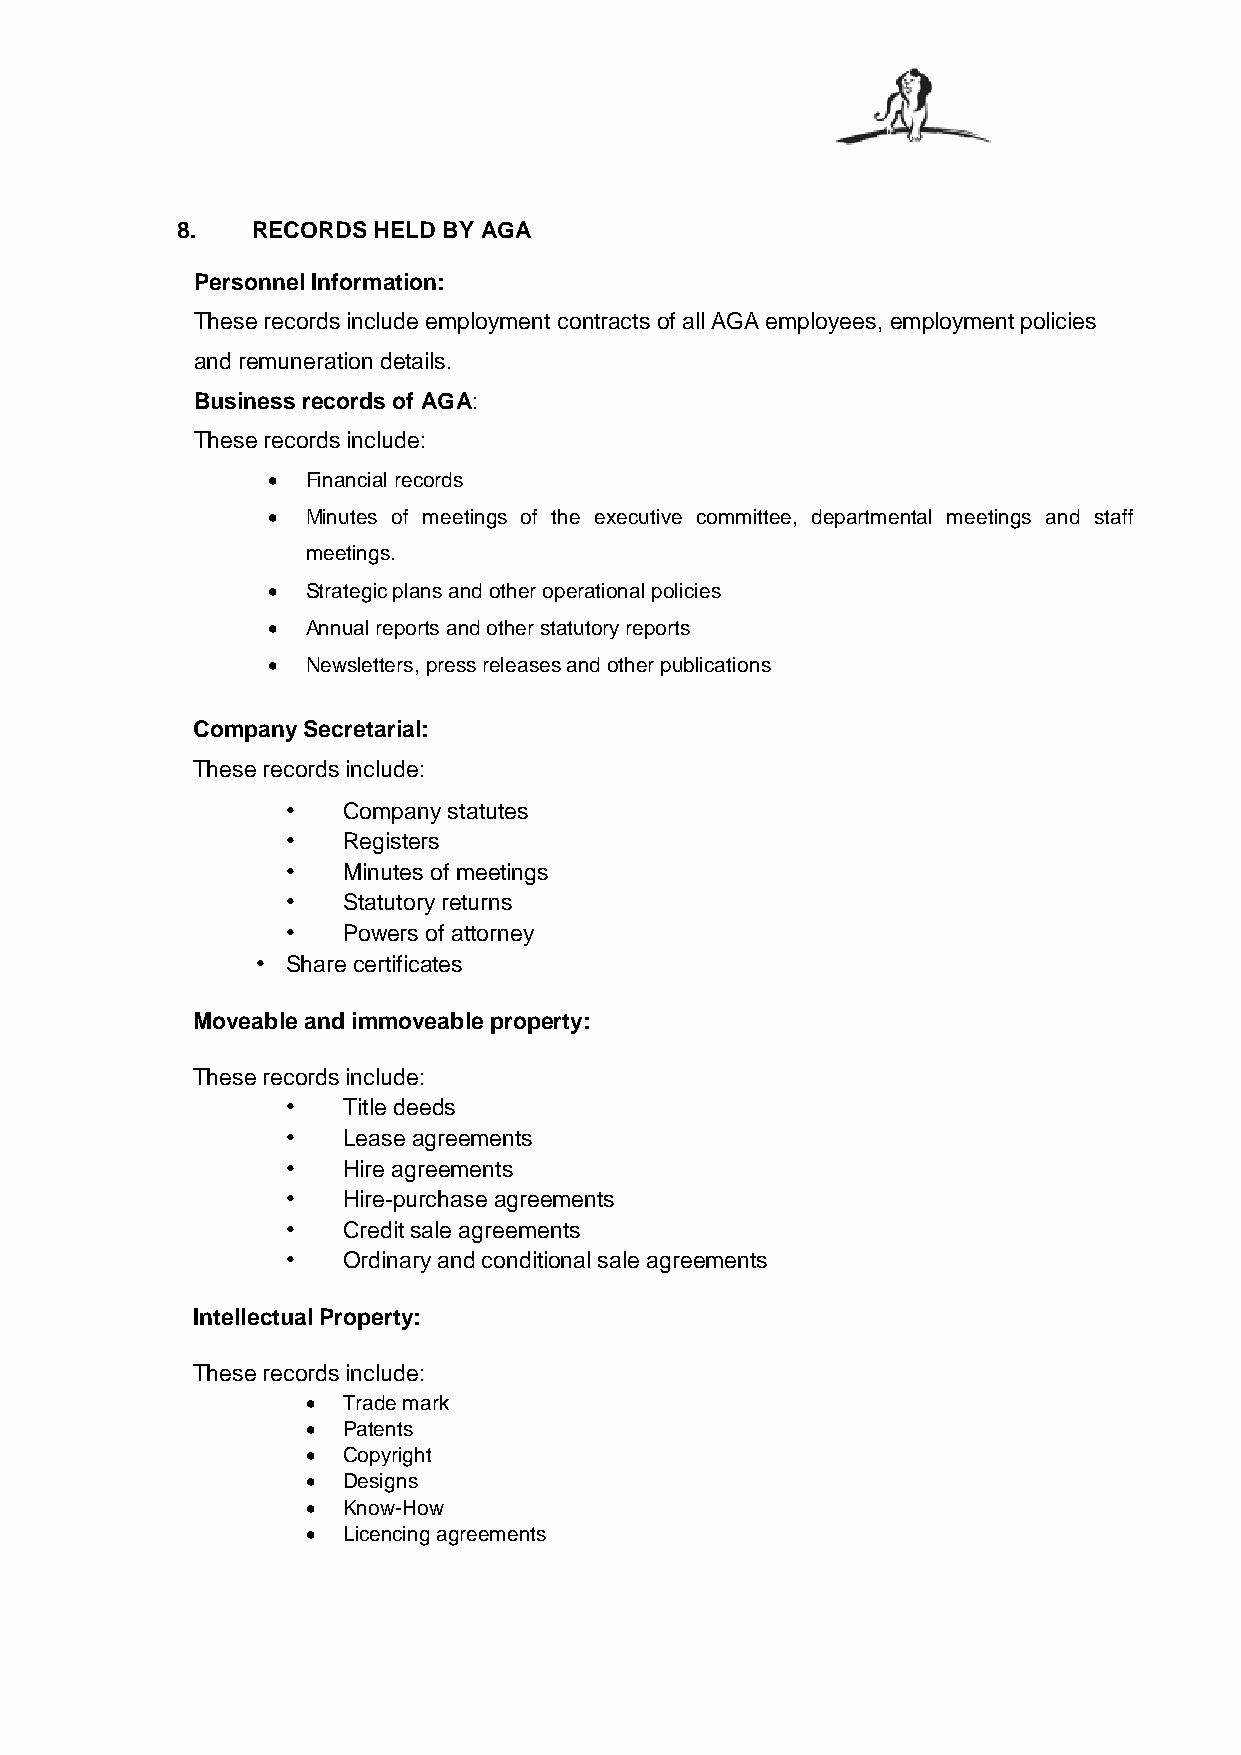
8.   RECORDS HELD BY AGA
 Personnel Information:
 These records include employment contracts of all AGA employees, employment policies
 and remuneration details.
 Business records of AGA:
 These records include:
 • Financial records
 • Minutes of meetings of the executive committee, departmental meetings and staff
 meetings.
 • Strategic plans and other operational policies
 • Annual reports and other statutory reports
 • Newsletters, press releases and other publications
 Company Secretarial:
 These records include:
 •   Company statutes
 •   Registers
 •   Minutes of meetings
 •   Statutory returns
 •   Powers of attorney
 • Share certificates
 Moveable and immoveable property:
 These records include:
 •   Title deeds
 •   Lease agreements
 •   Hire agreements
 •   Hire-purchase agreements
 •   Credit sale agreements
 •   Ordinary and conditional sale agreements
 Intellectual Property:
 These records include:
 •  Trade mark
 •  Patents
 •  Copyright
 •  Designs
 •  Know-How
 •  Licencing agreements